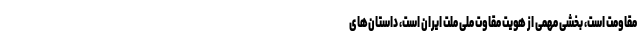
مقاومت است، بخشی مهمی از هویت مقاوت ملی ملت ایران است، داستان‌های